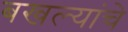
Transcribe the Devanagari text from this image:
बखल्यांचे